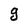
Character: g